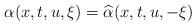
LaTeX: \begin{align*} \alpha(x,t,u,\xi)=\widehat{\alpha}(x,t,u,-\xi)\end{align*}